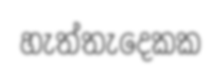
හැත්තැදෙකක